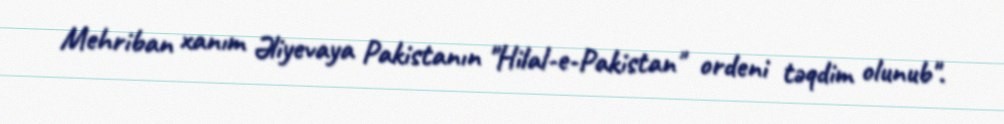
Mehriban xanım Əliyevaya Pakistanın "Hilal-e-Pakistan" ordeni təqdim olunub".